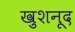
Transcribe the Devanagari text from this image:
ख़ुशनूद